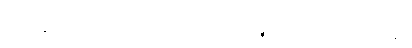
အဆိုင်ဆိုင်လျှင်၊ တောမြိုင်လည်လှည့်၊